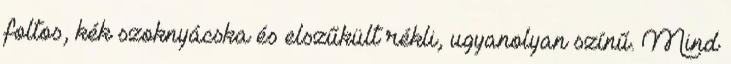
foltos, kék szoknyácska és elszűkült rékli, ugyanolyan színű. Mind